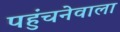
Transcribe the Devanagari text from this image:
पहुंचनेवाला